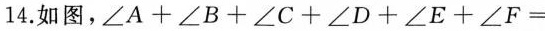
14.如图，$$∠ A + ∠ B + ∠ C + ∠ D + ∠ E + ∠ F=